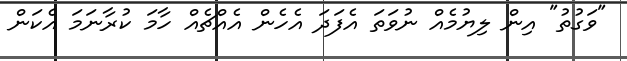
"ވަގުތު" އިން ލިޔުމެއް ނުވަތަ އެފަދަ އެހެން އެއްޗެއް ހާމަ ކުރާނަމަ އެކަން